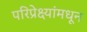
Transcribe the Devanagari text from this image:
परिप्रेक्ष्यांमधून